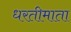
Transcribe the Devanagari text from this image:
धरतीमाता